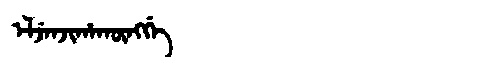
Manchu: ᡝᠯᠵᡝᠨᠵᡳᡥᠠᡴᡡᠩᡤᡝ
Romanization: ELJENJIHAKŪNGGE